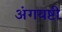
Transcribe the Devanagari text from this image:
अंगयष्टी